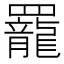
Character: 𫅍